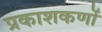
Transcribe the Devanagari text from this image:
प्रकाशकणों